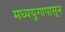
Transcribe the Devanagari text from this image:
मध्ययुगापासून